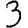
Digit: 3